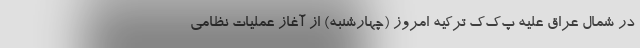
در شمال عراق علیه پ‌ک‌ک ترکیه امروز (چهارشنبه) از آغاز عملیات نظامی